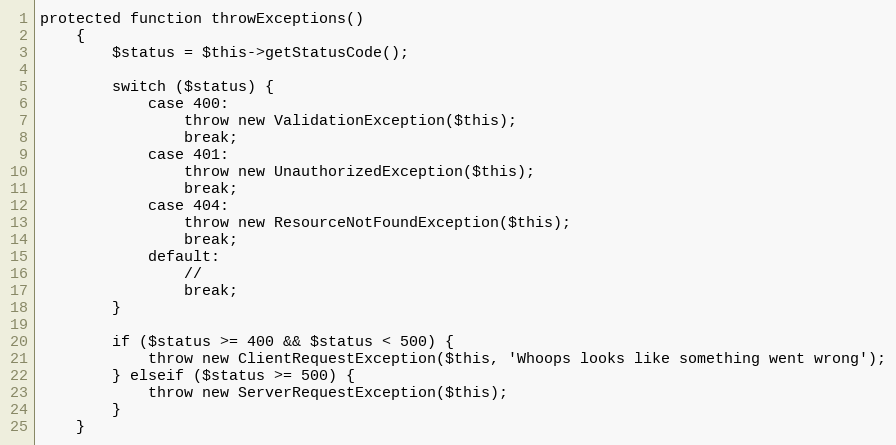
Language: PHP
protected function throwExceptions()
    {
        $status = $this->getStatusCode();

        switch ($status) {
            case 400:
                throw new ValidationException($this);
                break;
            case 401:
                throw new UnauthorizedException($this);
                break;
            case 404:
                throw new ResourceNotFoundException($this);
                break;
            default:
                //
                break;
        }

        if ($status >= 400 && $status < 500) {
            throw new ClientRequestException($this, 'Whoops looks like something went wrong');
        } elseif ($status >= 500) {
            throw new ServerRequestException($this);
        }
    }